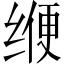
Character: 缏